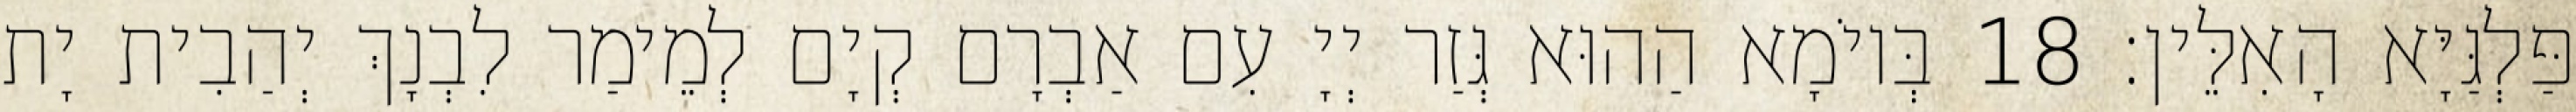
פַּלְגַּיָּא הָאִלֵּין׃ 18 בְּיוֹמָא הַהוּא גְּזַר יְיָ עִם אַבְרָם קְיָם לְמֵימַר לִבְנָךְ יְהַבִית יָת